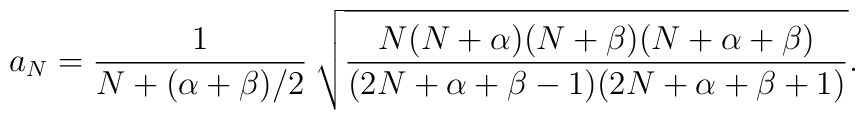
a_N={1\over N+(\alpha+\beta)/2}\>\sqrt{{N(N+\alpha)(N+\beta)(N+\alpha+\beta)\over (2N+\alpha+\beta-1)(2N+\alpha+\beta+1)}}.